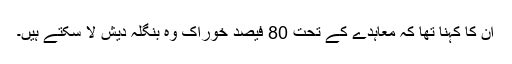
ان کا کہنا تھا کہ معاہدے کے تحت 80 فیصد خوراک وہ بنگلہ دیش لا سکتے ہیں۔